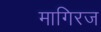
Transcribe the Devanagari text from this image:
मागिरज